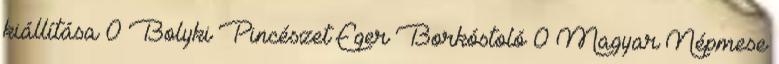
kiállítása 0 Bolyki Pincészet Eger Borkóstoló 0 Magyar Népmese